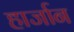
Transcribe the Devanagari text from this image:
हार्जान